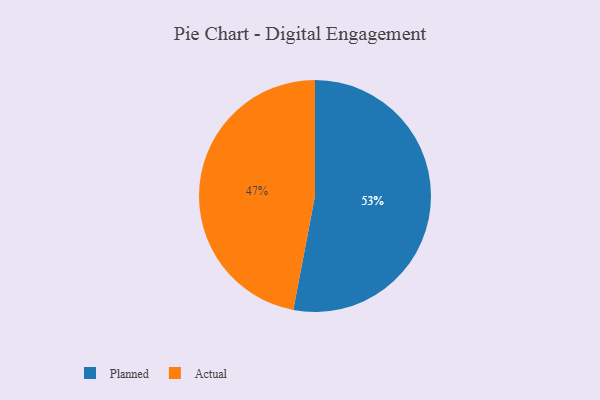
{"axis": {"x": "Category", "y": "Percentage"}, "legend": ["Actual", "Planned"], "data": [{"x": "Planned", "y": 53, "type": "Planned"}, {"x": "Actual", "y": 47, "type": "Actual"}]}